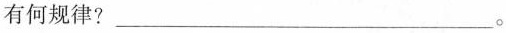
有何规律？___。